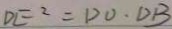
D E ^ { 2 } = D O \cdot D B